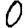
Digit: 0